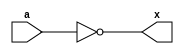
`timescale 1ns/1ns

module not_prim(a,x);

input a;
output x;

not U1(x, a);

endmodule